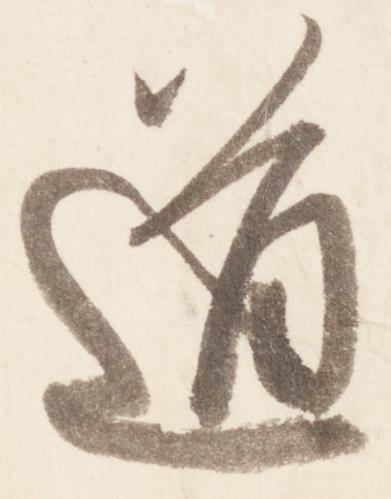
道